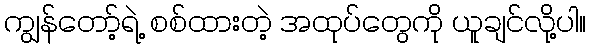
ကျွန်တော့်ရဲ့ စစ်ထားတဲ့ အထုပ်တွေကို ယူချင်လို့ပါ။